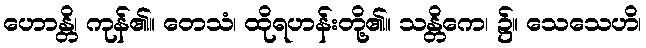
ဟောန္တိ၊ ကုန်၏။ တေသံ၊ ထိုရဟန်းတို့၏။ သန္တိကေ၊ ၌။ သေသေဟိ၊